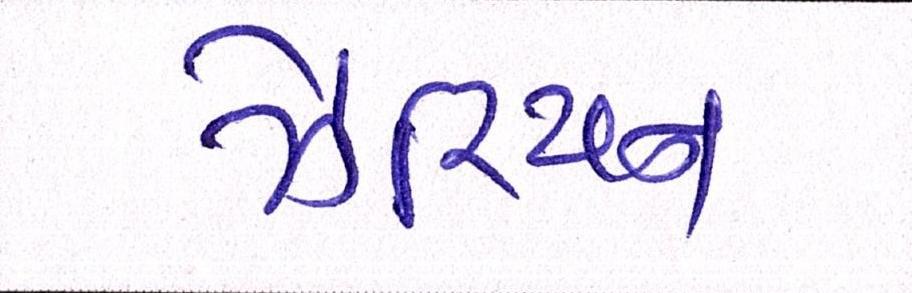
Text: ઝેરિયન